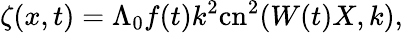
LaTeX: \zeta(x,t)=\Lambda_{0}f(t)k^{2}\mathrm{cn}^{2}(W(t)X,k),